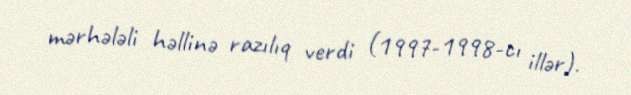
mərhələli həllinə razılıq verdi (1997-1998-cı illər).